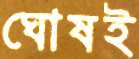
ঘোষই